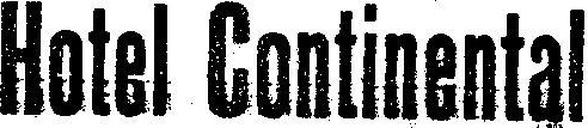
Hotel Continental